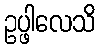
ဥပ္ဖါလေသိ